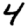
Digit: 4